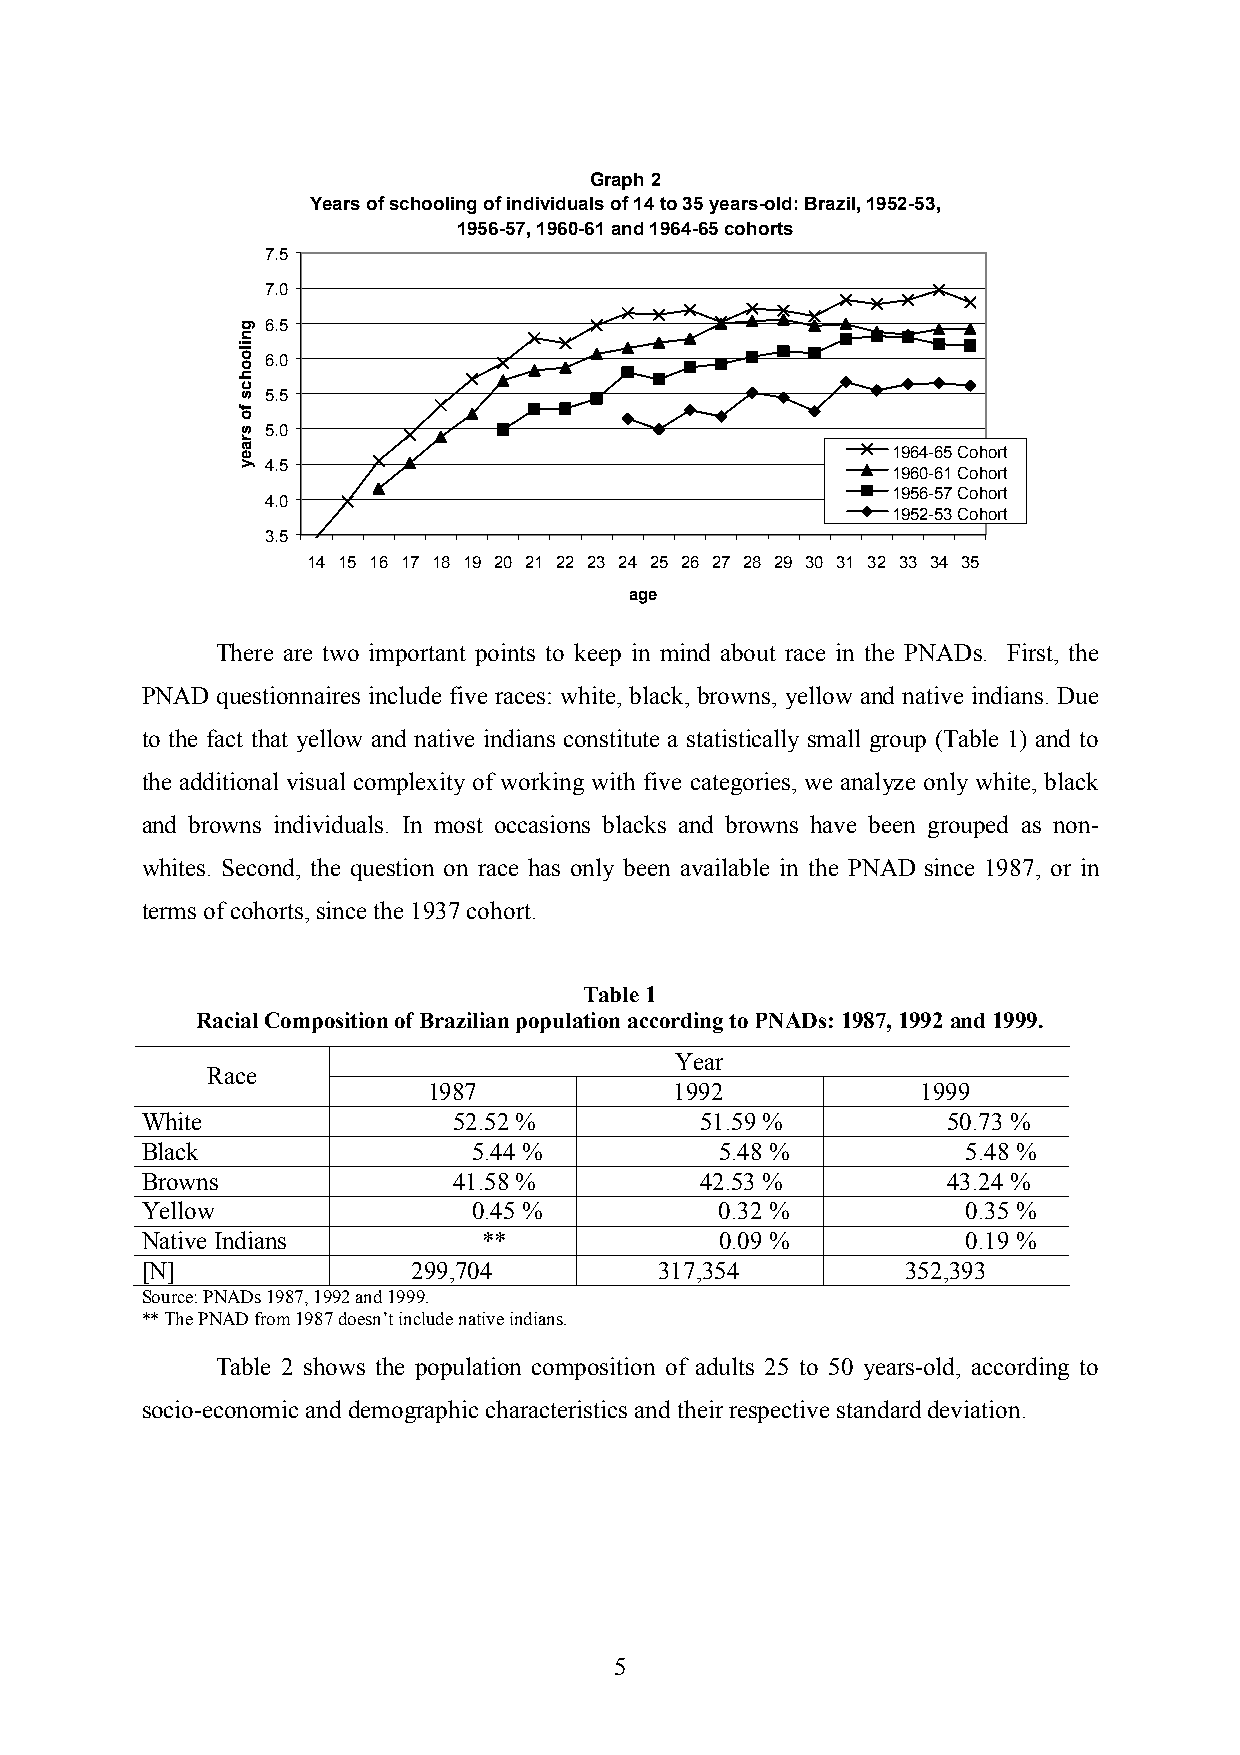
Graph 2
 Years of schooling of individuals of 14 to 35 years-old: Brazil, 1952-53,
 1956-57, 1960-61 and 1964-65 cohorts
 7.5
 7.0
 6.5
 6.0
 5.5
 5.0
 1964-65 Cohort
 4.5
 1960-61 Cohort
 1956-57 Cohort
 4.0
 1952-53 Cohort
 3.5
 14 15 16 17 18 19 20 21 22 23 24 25 26 27 28 29 30 31 32 33 34 35
 age
 There are two important points to keep in mind about race in the PNADs. First, the
 PNAD questionnaires include five races: white, black, browns, yellow and native indians. Due
 to the fact that yellow and native indians constitute a statistically small group (Table 1) and to
 the additional visual complexity of working with five categories, we analyze only white, black
 and browns individuals. In most occasions blacks and browns have been grouped as non-
 whites. Second, the question on race has only been available in the PNAD since 1987, or in
 terms of cohorts, since the 1937 cohort.
 Table 1
 Racial Composition of Brazilian population according to PNADs: 1987, 1992 and 1999.
 Year
 Race
 1987             1992            1999
 White                52.52 %         51.59 %          50.73 %
 Black                 5.44 %           5.48 %          5.48 %
 Browns               41.58 %         42.53 %          43.24 %
 Yellow                0.45 %           0.32 %          0.35 %
 Native Indians         **              0.09 %          0.19 %
 [N]               299,704          317,354         352,393
 Source: PNADs 1987, 1992 and 1999.
 ** The PNAD from 1987 doesn’t include native indians.
 Table 2 shows the population composition of adults 25 to 50 years-old, according to
 socio-economic and demographic characteristics and their respective standard deviation.
 5
 gniloohcs
 fo
 sraey